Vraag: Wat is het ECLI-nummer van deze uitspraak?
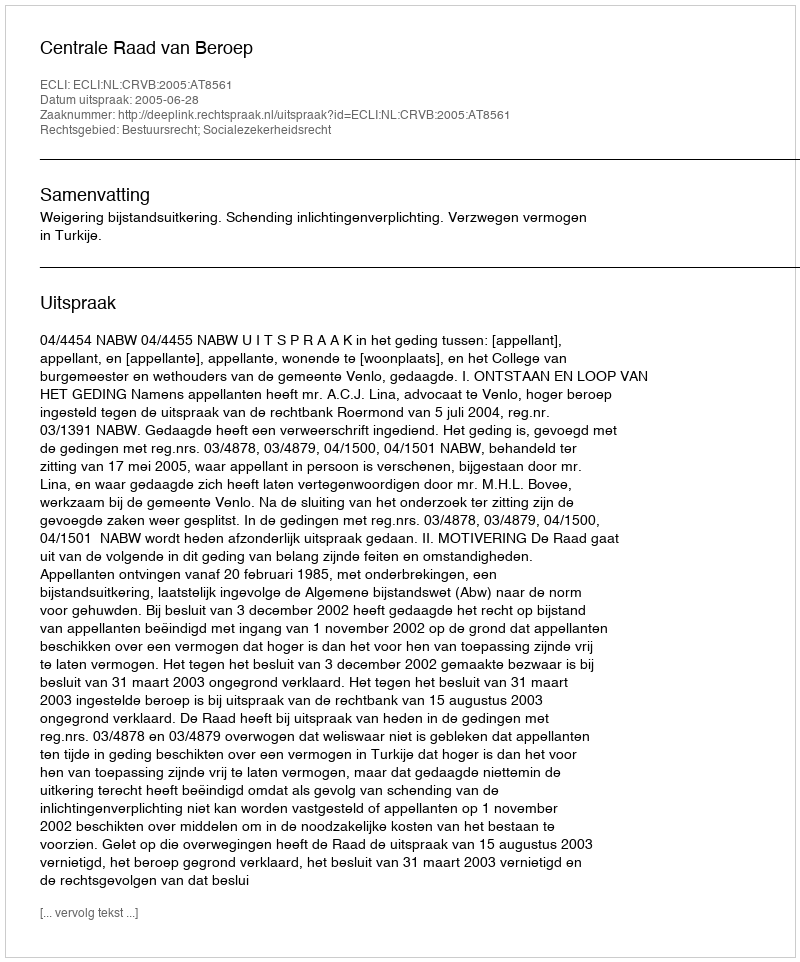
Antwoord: ECLI:NL:CRVB:2005:AT8561